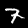
Digit: 7